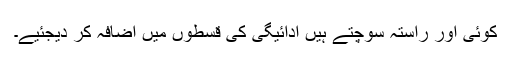
کوئی اور راستہ سوچتے ہیں ادائیگی کی قسطوں میں اضافہ کر دیجئیے۔